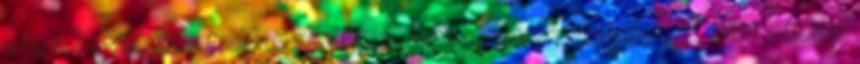
lehet. Rávilágíthat olyan hibáimra, amire mások képtelenek, mint például